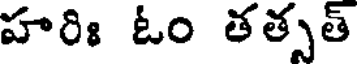
హరిః ఓం తత్సత్